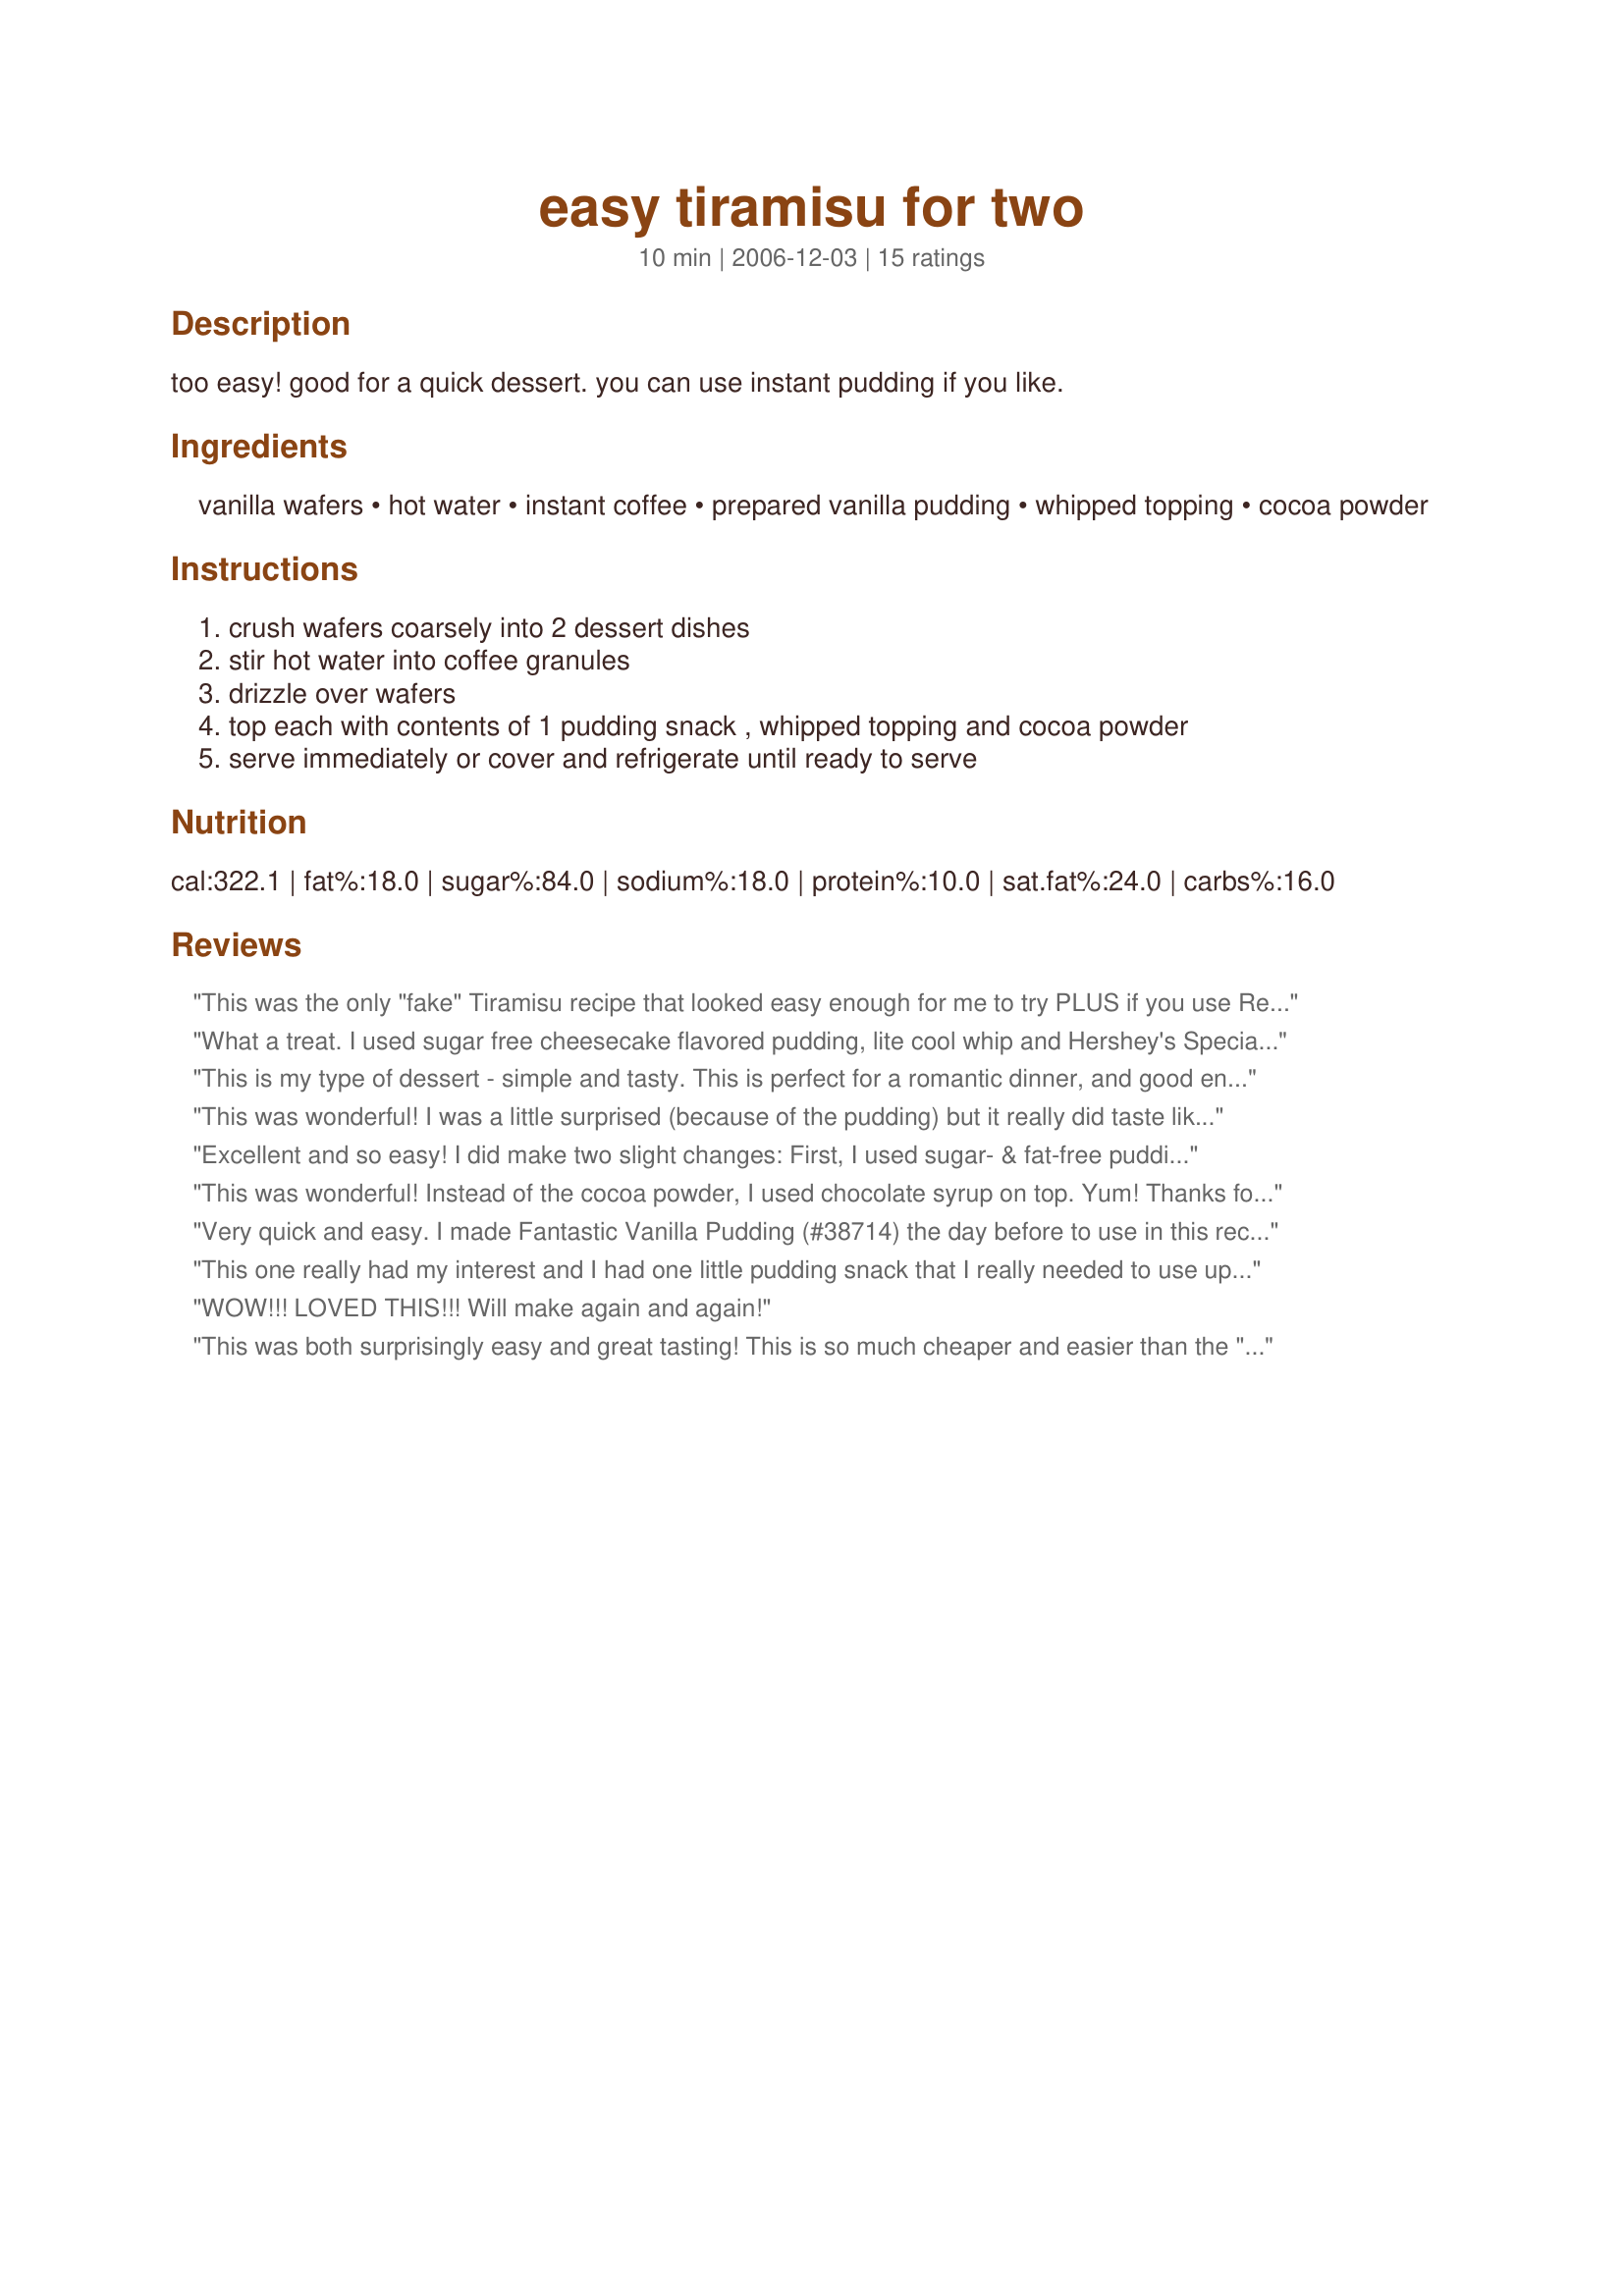
easy tiramisu for two
Preparation time: 10 minutes

too easy! good for a quick dessert. you can use instant pudding if you like.

Ingredients:
vanilla wafers, hot water, instant coffee, prepared vanilla pudding, whipped topping, cocoa powder

Steps:
crush wafers coarsely into 2 dessert dishes, stir hot water into coffee granules, drizzle over wafers, top each with contents of 1 pudding snack , whipped topping and cocoa powder, serve immediately or cover and refrigerate until ready to serve

Reviews:
This was the only "fake" Tiramisu recipe that looked easy enough for me to try PLUS if you use Reduced Fat Nilla wafers and Sugar free pudding cups and cool whip FREE...it is only a 200 calorie dessert! Gosh this was GOOD! We'll make this often! Maybe even again tonight! Fantastic! Thank you Sharon123!
What a treat. I used sugar free cheesecake flavored pudding, lite cool whip and Hershey's Special Dark Cocoa Powder. Quick to put together and delightful to enjoy.
This is my type of dessert - simple and tasty. This is perfect for a romantic dinner, and good enough for company. Thanks Sharon for another keeper.
This was wonderful! I was a little surprised (because of the pudding) but it really did taste like tiramisu, which is one of my favorites! I made it for one and it was a great way to dress up a prepared pudding snack as well as an excellent way to use up leftover Nilla wafers. I used reduced-fat wafers and fat-free pudding & cool whip but you'd never know it was light when the taste was so great! I will absolutely be making this again (and again and again!) Thanks for the recipe Sharon!
Excellent and so easy! I did make two slight changes: First, I used sugar- & fat-free pudding mix with fat-free half-and-half to make the pudding.... but then cheated with real whipped cream. The result is a very satisfying dessert that makes you feel pampered... without a ton of effort up front. This will be made again and again!
This was wonderful! Instead of the cocoa powder, I used chocolate syrup on top. Yum! Thanks for posting!
Very quick and easy. I made Fantastic Vanilla Pudding (#38714) the day before to use in this recipe and I assembled the rest right before dinner. It had a wonderful mild flavor.
This one really had my interest and I had one little pudding snack that I really needed to use up before it expired so I made a point to pick up some vanilla wafers just for this recipe. I made this just for one and I thought this was pretty good. It's quick and easy and nice when you just wan't a sweet little treat. It's something I'd make again. Thank's Sharon!
WOW!!! LOVED THIS!!! Will make again and again!
This was both surprisingly easy and great tasting! This is so much cheaper and easier than the "original" tiramisu recipe; it makes the perfect "everyday gourmet" dessert! Thanks; we loved it!
This was very tasty for such a easy dessert. Will make again. This was the dessert I served with Chicken Parmigiana #149134 and Zucchini #44833.

Thanks Sharon123 for such a delicious easy dessert recipe. 

Bullwinkle.
What a tasty and simple dessert. We loved it. I served ours in wide mouth wine glasses for presentation, used Cool Whip topping, and sifted the cocoa over the top. Think I will make it with chocolate wafer cookies, or oreo cookie crumbs, and chocolate pudding snacks too. With a bit of fruit in the layers it would turn this into neat little trifles for two too! Thanks for posting.
UPDATE (02/28/12): We added Panama Jack's (Irish Cream made with wine) to the coffee mixture and that bit of alcohol brought in some classic Tiramisu flavours. <br/>Wonderful and easy. No worries about raw eggs and expensive ingredients. I used a hazelnut coffee blend and instead of using cocoa powder I decided to grate chocolate between the layers. While it is not exactly tiramisu you would find in restaurants, it is definitely a nice treat that my husband and I enjoyed. I used only one package of pudding and we have enough leftover to make 2-4 more desserts. <br/>I also made homemade whipped cream to top the dessert with.
The idea was so simple but the taste was so great! I really liked that it was a dessert I could make without planning. I had all of these things in my home already. I also liked that the pudding was straight out of the refrigerator so it seemed like the dessert had been chilled :) Thanks for posting!
Thank you Sharon for such a wonderful and easy dessert! DH and I really enjoyed it. I will be making this alot this summer. I only made one change. I didn't have vanilla wafers (the store was out of them), so I used lady fingers that I broke up. It turned out great! Keep smiling!
